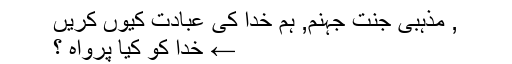
, مذہبی جنت جہنم, ہم خدا کی عبادت کیوں کریں
← خدا کو کیا پرواہ ؟